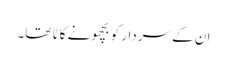
ان کے سردار کو بچھو نے کاٹا تھا۔